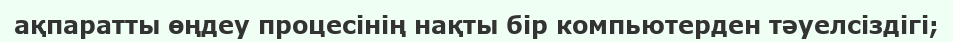
ақпаратты өңдеу процесінің нақты бір компьютерден тәуелсіздігі;